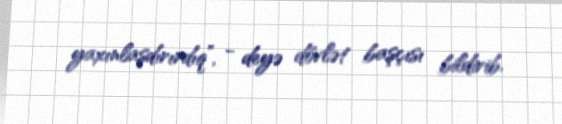
yaxınlaşdırırdıq”, - deyə dövlət başçısı bildirib.